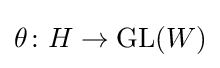
\theta \colon H\to \mathrm {GL} (W)